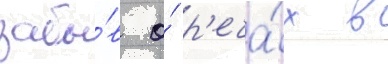
забы́в о́ р'еча́х в